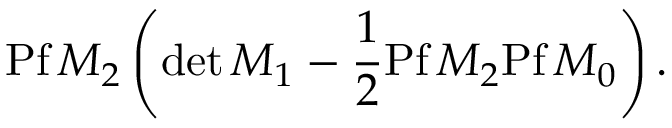
\mathrm { P f } \, M _ { 2 } \left( \mathrm { d e t } \, M _ { 1 } - \frac { 1 } { 2 } \mathrm { P f } \, M _ { 2 } \mathrm { P f } \, M _ { 0 } \right) .